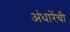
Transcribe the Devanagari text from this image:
अंधारेंची